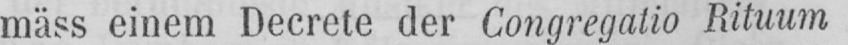
mäss einem Decrete der Congregatio Rituum